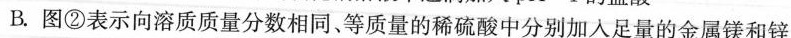
B.图②表示向溶质质量分数相同、等质量的稀硫酸中分别加入足量的金属镁和锌